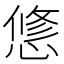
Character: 𢟅